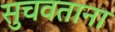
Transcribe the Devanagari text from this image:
सुचवताना